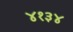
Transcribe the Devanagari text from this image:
४१३४